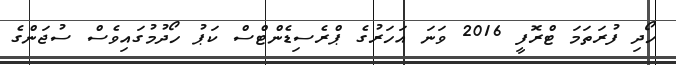
ހޯދި ފުރަތަމަ ޓްރޮފީ 2016 ވަނަ އަހަރުގެ ޕްރެސިޑެންޓްސް ކަޕު ހޯދުމުގައިވެސް ސުޖަންގެ